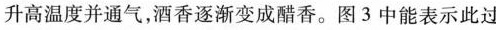
升高温度并通气，酒香逐渐变成醋香。图3中能表示此过